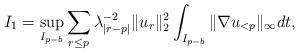
LaTeX: \begin{align*}I_1 = \sup_{I_{p-b}}\sum_{ r \leq p } \lambda_{|r-p|}^{-2}\|u_r \|_2^2 \int_{I_{p-b}} \|\nabla u_{< p} \|_\infty dt ,\end{align*}